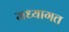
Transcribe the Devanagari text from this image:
मध्यागत